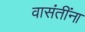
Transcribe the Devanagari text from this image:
वासंतींना